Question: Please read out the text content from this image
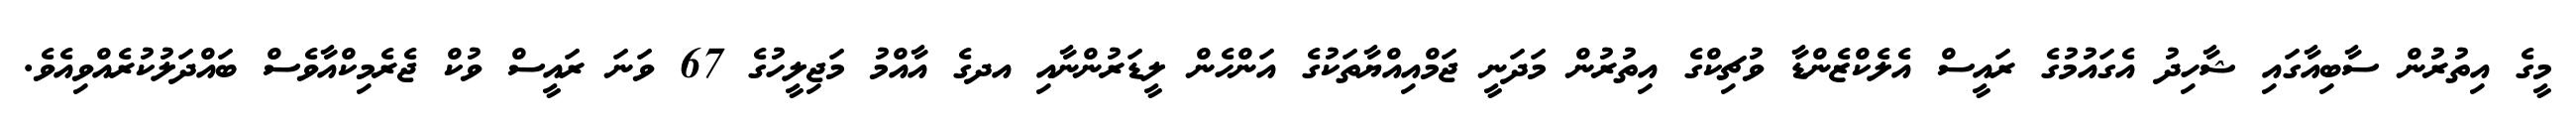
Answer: މީގެ އިތުރުން ސާބިއާގައި ޝާހިދު އެގައުމުގެ ރައީސް އެލެކްޒެންޑާ ވުޗިކްގެ އިތުރުން މަދަނީ ޖަމްއިއްޔާތަކުގެ އަންހެން ލީޑަރުންނާއި އދގެ އާއްމު މަޖިލީހުގެ 67 ވަނަ ރައީސް ވުކް ޖެރެމިކްއާވެސް ބައްދަލުކުރެއްވިއެވެ.